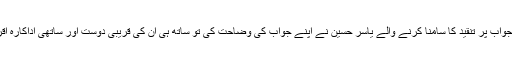
سوشل میڈیا پر نئے کردار سے متعلق کیے جانے والے سوال کے غیر منطقی جواب پر تنقید کا سامنا کرنے والے یاسر حسین نے اپنے جواب کی وضاحت کی تو ساتھ ہی ان کی قریبی دوست اور ساتھی اداکارہ اقراء عزیز بھی میدان میں آگئیں اور یاسرپر تنقید کرنے والوں کو خوب سنا ڈالیں۔